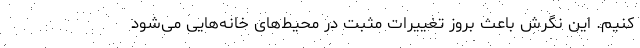
کنیم. این نگرش باعث بروز تغییرات مثبت در محیط‌های خانه‌هایی می‌شود